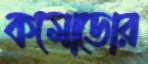
কমোডোর